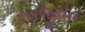
રસજીવન